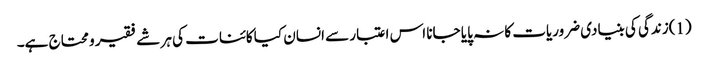
(1)زندگی کی بنیادی ضروریات کا نہ پایا جانا اس اعتبار سے انسان کیا کائنات کی ہر شے فقیر و محتاج ہے۔